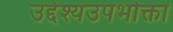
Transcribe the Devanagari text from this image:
उद्देश्यउपभोक्ता